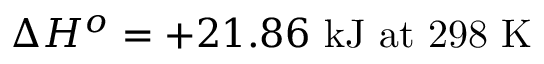
\Delta H ^ { o } = + 2 1 . 8 6 \ { \mathrm { k J ~ a t ~ 2 9 8 ~ K } }